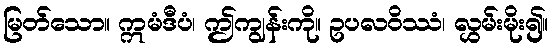
မြတ်သော။ ဣမံဒီပံ၊ ဤကျွန်းကို။ ဥပလဝိဿံ၊ လွှမ်းမိုး၍။